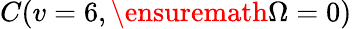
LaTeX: C(v=6,\ensuremath{\Omega}=0)